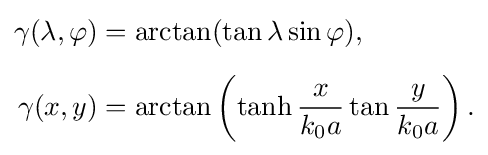
{\begin{aligned}\gamma (\lambda ,\varphi )&=\arctan(\tan \lambda \sin \varphi ),\\[5px]\gamma (x,y)&=\arctan \left(\tanh {\frac {x}{k_{0}a}}\tan {\frac {y}{k_{0}a}}\right).\end{aligned}}